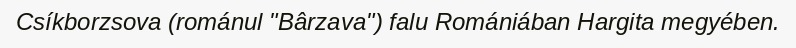
Csíkborzsova (románul "Bârzava") falu Romániában Hargita megyében.